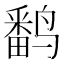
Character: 𬸪